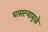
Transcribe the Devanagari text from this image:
घासल्यामुळे